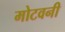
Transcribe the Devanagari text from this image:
मोटवनी